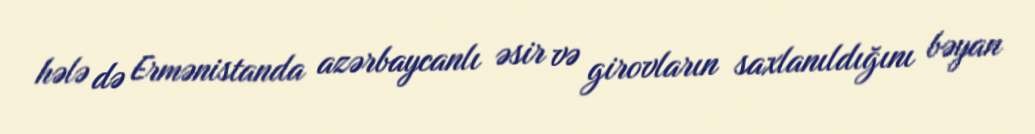
hələ də Ermənistanda azərbaycanlı əsir və girovların saxlanıldığını bəyan